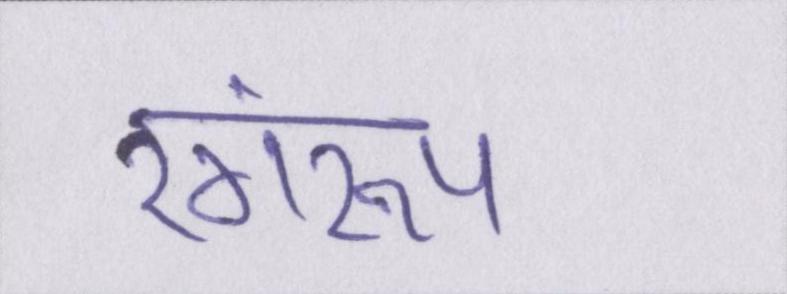
रंगरूप